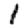
Digit: 1